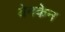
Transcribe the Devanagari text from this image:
येनकेन